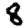
Digit: 8